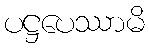
ပဋ္ဌပေဿာမိ